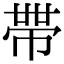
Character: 𭘧